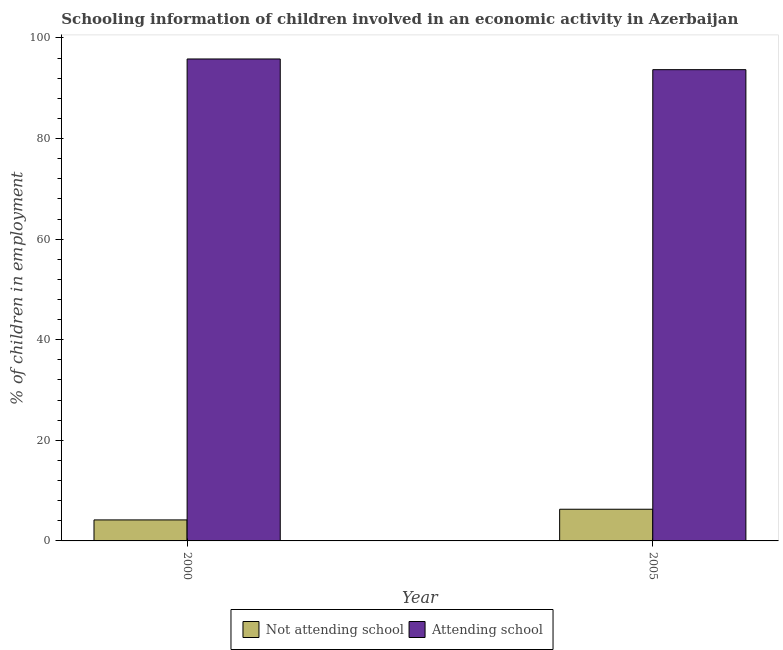
| Year | Not attending school | Attending school |
 | --- | --- | --- |
 | 2000 | 4.18 | 95.8 |
 | 2005 | 6.3 | 93.7 |